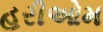
હરીઓમ